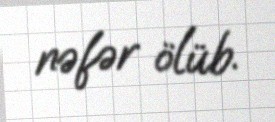
nəfər ölüb.